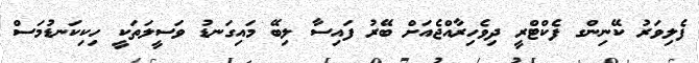
ފެލިވަރު ކޭނިންގ ފެކްޓްރީ ދިވެހިރާއްޖެއަށް ބޭރު ފައިސާ ލިބޭ މައިގަނޑު ވަސީލަތަކީ ހިކިކަނޑުމަސް